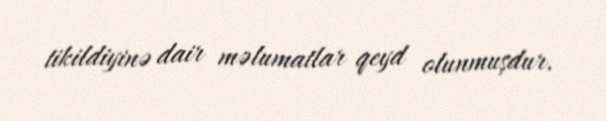
tikildiyinə dair məlumatlar qeyd olunmuşdur.